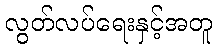
လွတ်လပ်ရေးနှင့်အတူ